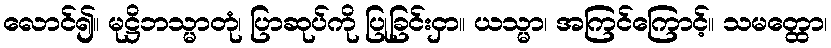
လောင်၍။ မုဋ္ဌိဘသ္မာတုံ၊ ပြာဆုပ်ကို ပြုခြင်းငှာ။ ယသ္မာ၊ အကြင်ကြောင့်။ သမတ္ထော၊